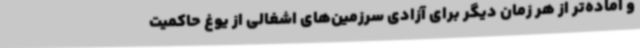
و آماده‌تر از هر زمان دیگر برای آزادی سرزمین‌های اشغالی از یوغ حاکمیت